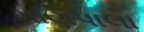
મણિપાલા